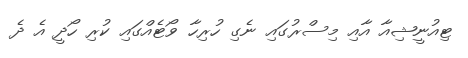
ޓިއުނީޝިއާ އާއި މިސްރުގައި ނެގި ހުރިހާ ވޯޓެއްގައި ކުރި ހޯދީ އެ ދެ